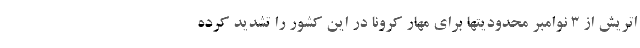
اتریش از 3 نوامبر محدودیتها برای مهار کرونا در این کشور را تشدید کرده